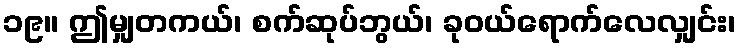
၁၉။ ဤမျှတကယ်၊ စက်ဆုပ်ဘွယ်၊ ခုဝယ်ရောက်လေလျှင်း၊